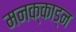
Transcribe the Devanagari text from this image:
मनक्काड्न